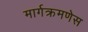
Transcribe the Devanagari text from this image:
मार्गक्रमणेस